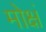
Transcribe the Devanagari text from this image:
मोक्षं